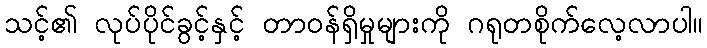
သင့်၏ လုပ်ပိုင်ခွင့်နှင့် တာဝန်ရှိမှုများကို ဂရုတစိုက်လေ့လာပါ။